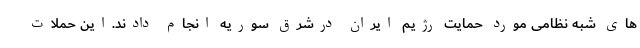
های شبه نظامی مورد حمایت رژیم ایران درشرق سوریه انجام دادند.این حملات